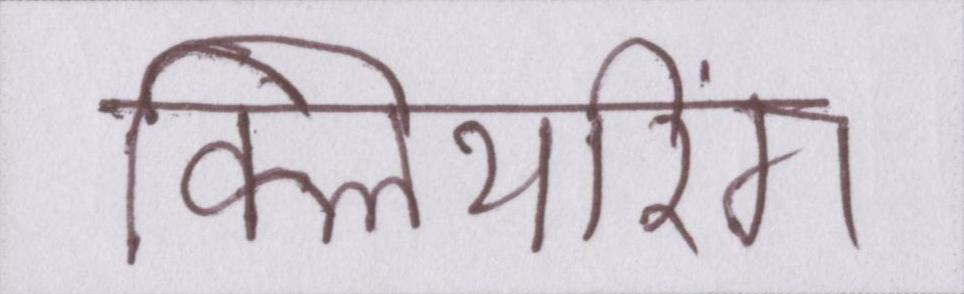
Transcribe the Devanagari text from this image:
क्लियरिंग